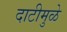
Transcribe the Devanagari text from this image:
दाटीमुळे